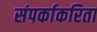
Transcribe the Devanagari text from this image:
संपर्काकरिता